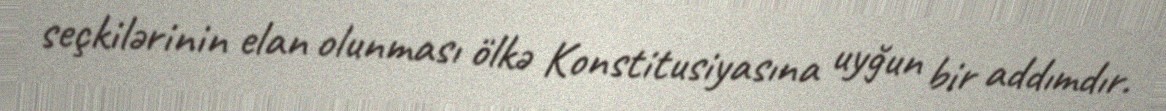
seçkilərinin elan olunması ölkə Konstitusiyasına uyğun bir addımdır.